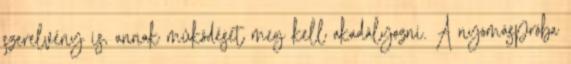
szerelvény is, annak mûködését meg kell akadályozni. A nyomáspróba